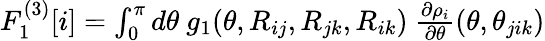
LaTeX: \begin{array}{r}{F_{1}^{(3)}[i]=\int_{0}^{\pi}d\theta~g_{1}(\theta,R_{ij},R_{jk},R_{ik})~\frac{\partial\rho_{i}}{\partial\theta}(\theta,\theta_{jik})}\end{array}